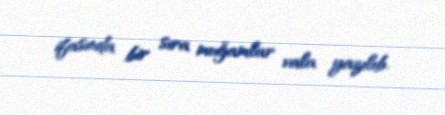
ifasında bir sıra muğamlar vala yazılıb.